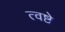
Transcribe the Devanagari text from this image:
त्वष्टे